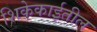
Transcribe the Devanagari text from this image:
शिकेकाईतील